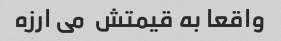
واقعا به قیمتش  می ارزه